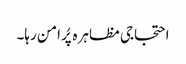
احتجاجی مظاہرہ پُرامن رہا۔